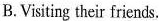
B.Visiting their friends,